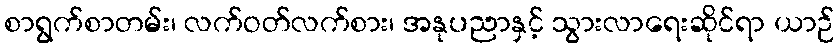
စာရွက်စာတမ်း၊ လက်ဝတ်လက်စား၊ အနုပညာနှင့် သွားလာရေးဆိုင်ရာ ယာဉ်